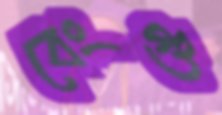
বেংগু